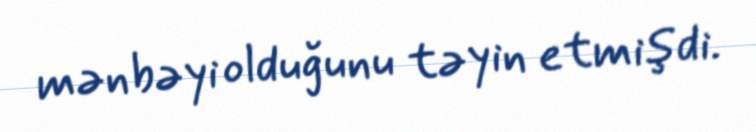
mənbəyi olduğunu təyin etmişdi.